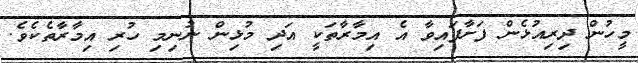
މީހުން ދިރިއުޅެން ފަށާފައިވާ އެ އިމާރާތަކީ އަދި މުޅިން ނުނިމި ހުރި އިމާރާތެކެވެ.